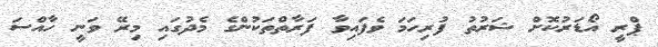
ޕްރީ އޯޑަރުކޮށް ޝަރުތު ފުރިހަމަ ވެފައިވާ ފަރާތްތަކުންގެ މެދުގައި މިރޭ ވަނީ ހާއްސަ